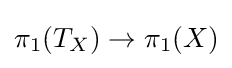
\pi _{1}(T_{X})\to \pi _{1}(X)